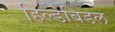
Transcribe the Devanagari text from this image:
हिल्डेबिडल